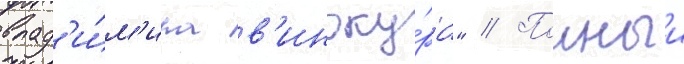
влад'и́м'ира в'иноку́ра" // Полныи